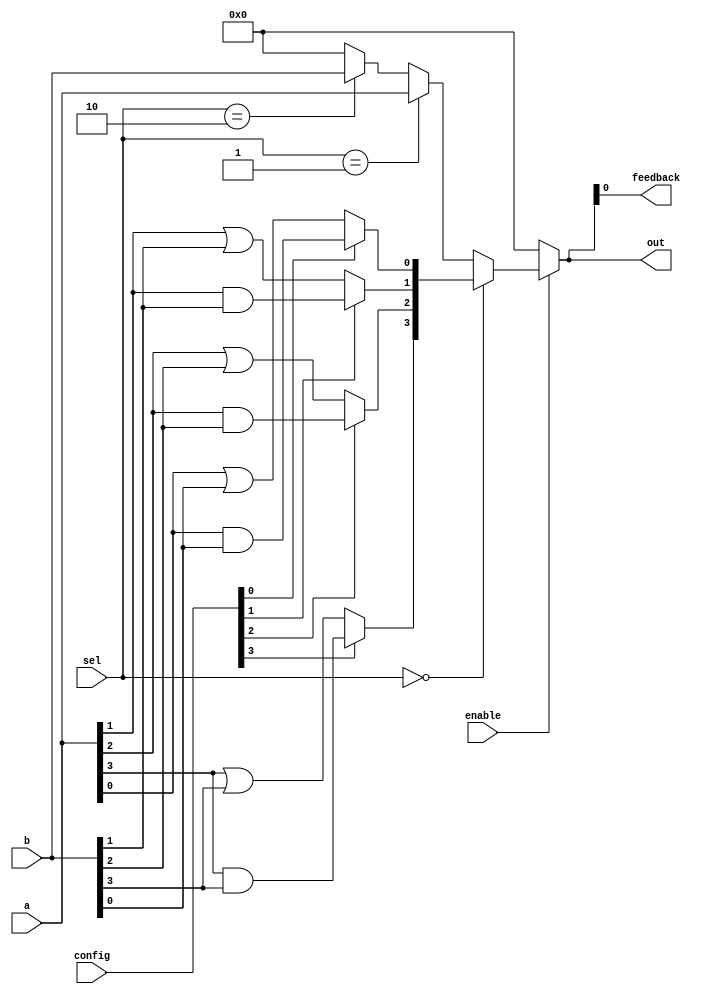
module CLB (
    input wire [3:0] a,          // Input ports (4-bit input)
    input wire [3:0] b,          // Input ports (4-bit input)
    input wire [1:0] sel,        // Select signal for multiplexers
    input wire [3:0] config,     // Configuration signals for LUTs
    input wire enable,            // Enable signal for the logic functions
    output wire [3:0] out,       // Output ports (4-bit output)
    output wire feedback          // Feedback path (single bit)
);

    // Logic Function Units (LUTs)
    wire [3:0] lut_out;
    
    // LUT implementation
    generate
        genvar i;
        for (i = 0; i < 4; i = i + 1) begin : lut
            assign lut_out[i] = (config[i] == 1'b1) ? (a[i] & b[i]) : (a[i] | b[i]);
        end
    endgenerate

    // Multiplexer to select output based on `sel`
    wire [3:0] mux_out;
    assign mux_out = (sel == 2'b00) ? lut_out :    // Output from LUTs
                     (sel == 2'b01) ? a :         // Direct input a
                     (sel == 2'b10) ? b :         // Direct input b
                     4'b0000;                      // Default output

    // Enable control
    assign out = enable ? mux_out : 4'b0000; // If enable is low, output is zero

    // Feedback path
    assign feedback = out[0]; // Feedback the least significant bit of output

endmodule